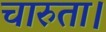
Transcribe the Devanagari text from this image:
चारुता।